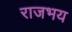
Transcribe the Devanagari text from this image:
राजभय